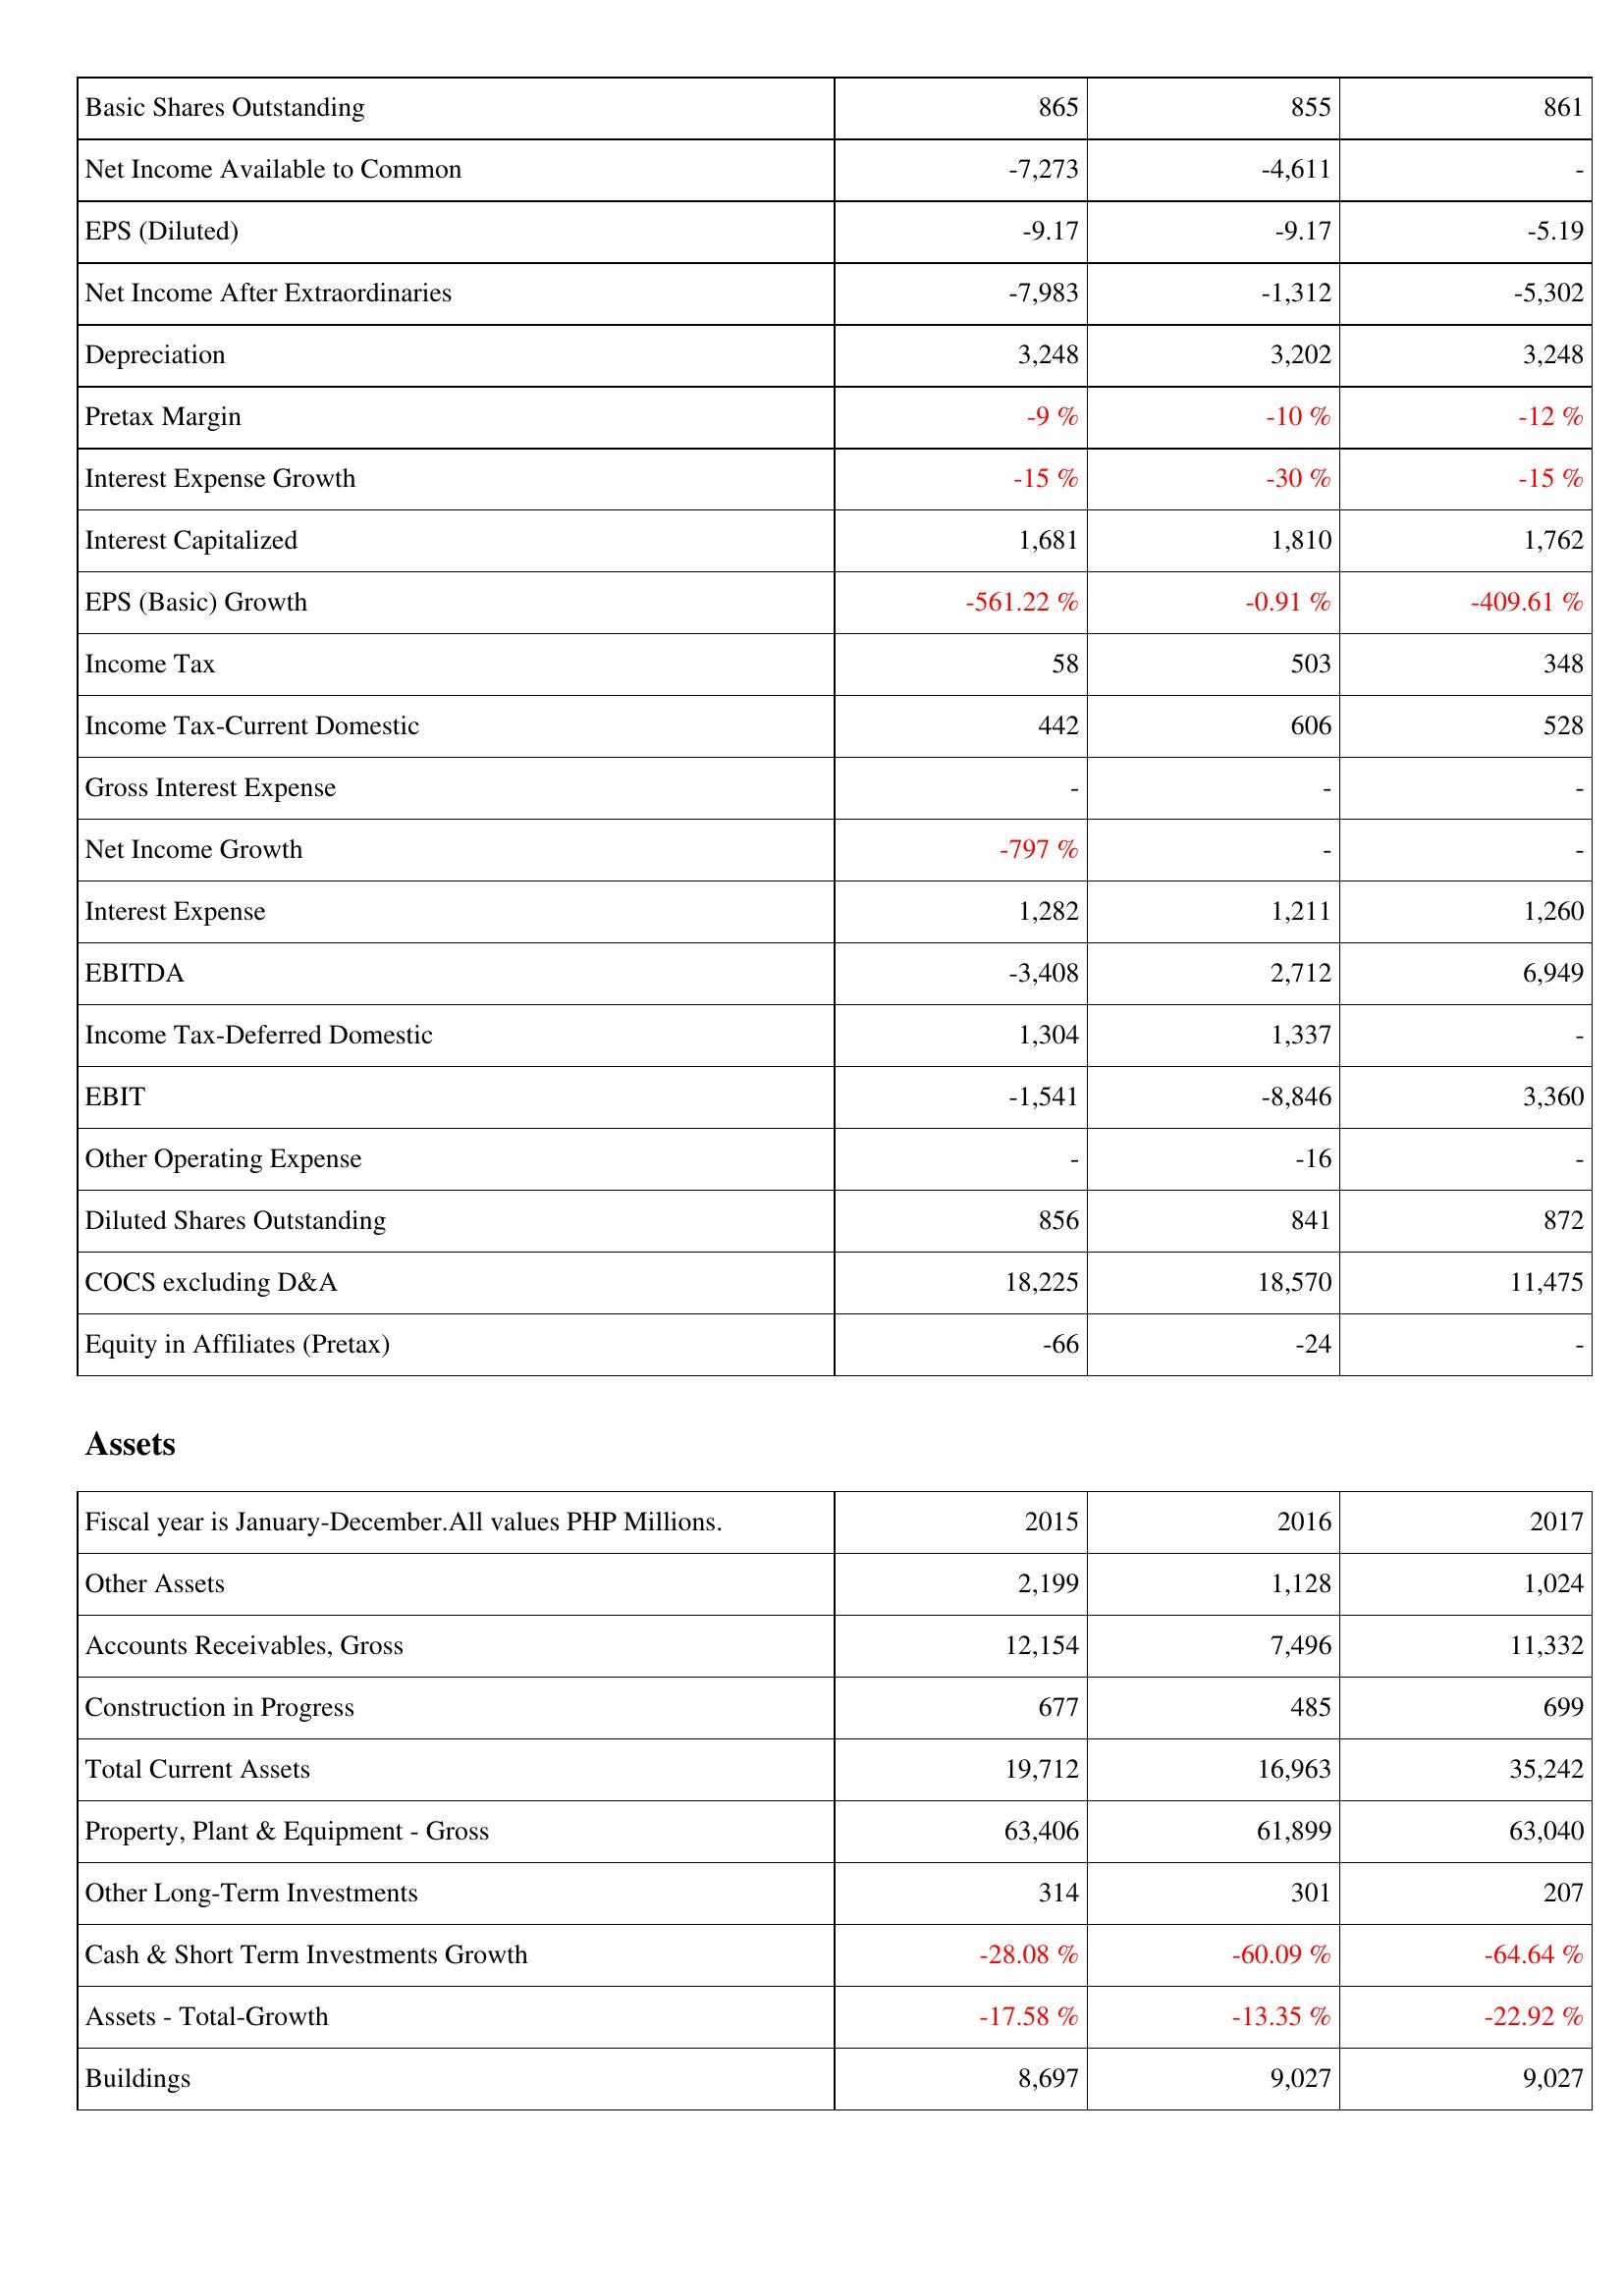
2015: Income Statement: Basic Shares Outstanding: 865
Net Income Available to Common: -7,273
EPS (Diluted): -9.17
Net Income After Extraordinaries: -7,983
Depreciation: 3,248
Pretax Margin: -9 %
Interest Expense Growth: -15 %
Interest Capitalized: 1,681
EPS (Basic) Growth: -561.22 %
Income Tax: 58
Income Tax-Current Domestic: 442
Gross Interest Expense: -
Net Income Growth: -797 %
Interest Expense: 1,282
EBITDA: -3,408
Income Tax-Deferred Domestic: 1,304
EBIT: -1,541
Other Operating Expense: -
Diluted Shares Outstanding: 856
COCS excluding D&A: 18,225
Equity in Affiliates (Pretax): -66
Assets: Other Assets: 2,199
Accounts Receivables, Gross: 12,154
Construction in Progress: 677
Total Current Assets: 19,712
Property, Plant & Equipment - Gross: 63,406
Other Long-Term Investments: 314
Cash & Short Term Investments Growth: -28.08 %
Assets - Total-Growth: -17.58 %
Buildings: 8,697
2016: Income Statement: Basic Shares Outstanding: 855
Net Income Available to Common: -4,611
EPS (Diluted): -9.17
Net Income After Extraordinaries: -1,312
Depreciation: 3,202
Pretax Margin: -10 %
Interest Expense Growth: -30 %
Interest Capitalized: 1,810
EPS (Basic) Growth: -0.91 %
Income Tax: 503
Income Tax-Current Domestic: 606
Gross Interest Expense: -
Net Income Growth: -
Interest Expense: 1,211
EBITDA: 2,712
Income Tax-Deferred Domestic: 1,337
EBIT: -8,846
Other Operating Expense: -16
Diluted Shares Outstanding: 841
COCS excluding D&A: 18,570
Equity in Affiliates (Pretax): -24
Assets: Other Assets: 1,128
Accounts Receivables, Gross: 7,496
Construction in Progress: 485
Total Current Assets: 16,963
Property, Plant & Equipment - Gross: 61,899
Other Long-Term Investments: 301
Cash & Short Term Investments Growth: -60.09 %
Assets - Total-Growth: -13.35 %
Buildings: 9,027
2017: Income Statement: Basic Shares Outstanding: 861
Net Income Available to Common: -
EPS (Diluted): -5.19
Net Income After Extraordinaries: -5,302
Depreciation: 3,248
Pretax Margin: -12 %
Interest Expense Growth: -15 %
Interest Capitalized: 1,762
EPS (Basic) Growth: -409.61 %
Income Tax: 348
Income Tax-Current Domestic: 528
Gross Interest Expense: -
Net Income Growth: -
Interest Expense: 1,260
EBITDA: 6,949
Income Tax-Deferred Domestic: -
EBIT: 3,360
Other Operating Expense: -
Diluted Shares Outstanding: 872
COCS excluding D&A: 11,475
Equity in Affiliates (Pretax): -
Assets: Other Assets: 1,024
Accounts Receivables, Gross: 11,332
Construction in Progress: 699
Total Current Assets: 35,242
Property, Plant & Equipment - Gross: 63,040
Other Long-Term Investments: 207
Cash & Short Term Investments Growth: -64.64 %
Assets - Total-Growth: -22.92 %
Buildings: 9,027